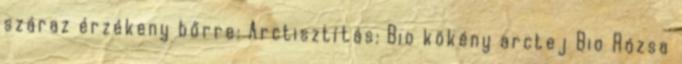
száraz érzékeny bőrre: Arctisztítás: Bio kökény arctej Bio Rózsa